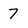
Character: 7